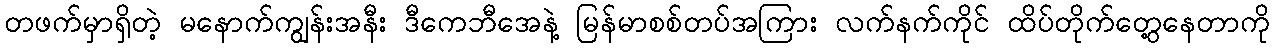
တဖက်မှာရှိတဲ့ မနောက်ကျွန်းအနီး ဒီကေဘီအေနဲ့ မြန်မာစစ်တပ်အကြား လက်နက်ကိုင် ထိပ်တိုက်တွေ့နေတာကို